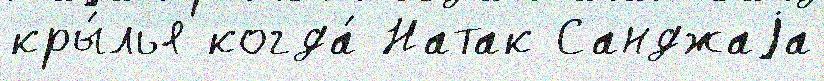
кры́лья когда́ Натак Санджаjа